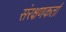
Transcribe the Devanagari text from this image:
संरक्षणकर्ता